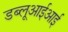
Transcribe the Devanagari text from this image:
डब्लूआईआई